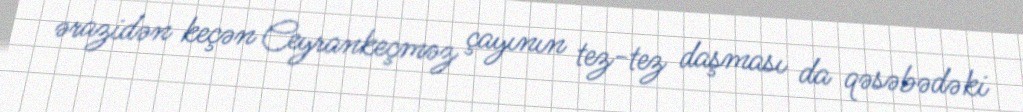
ərazidən keçən Ceyrankeçməz çayının tez-tez daşması da qəsəbədəki